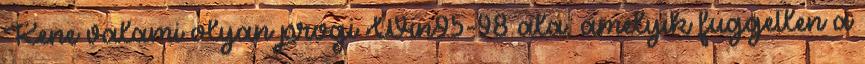
Kene valami olyan progi Win95-98 ala, amelyik fuggetlen a